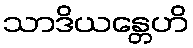
သာဒိယန္တေဟိ